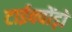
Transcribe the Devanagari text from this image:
टाईक्वोंड़ो